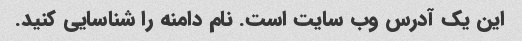
این یک آدرس وب سایت است. نام دامنه را شناسایی کنید.